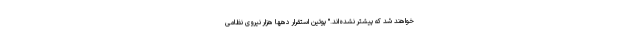
خواهند شد که پیشتر نشده‌اند." پوتین استقرار دهها هزار نیروی نظامی